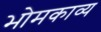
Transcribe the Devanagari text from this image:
भोमकाव्य